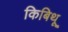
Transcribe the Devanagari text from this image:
किबिथू